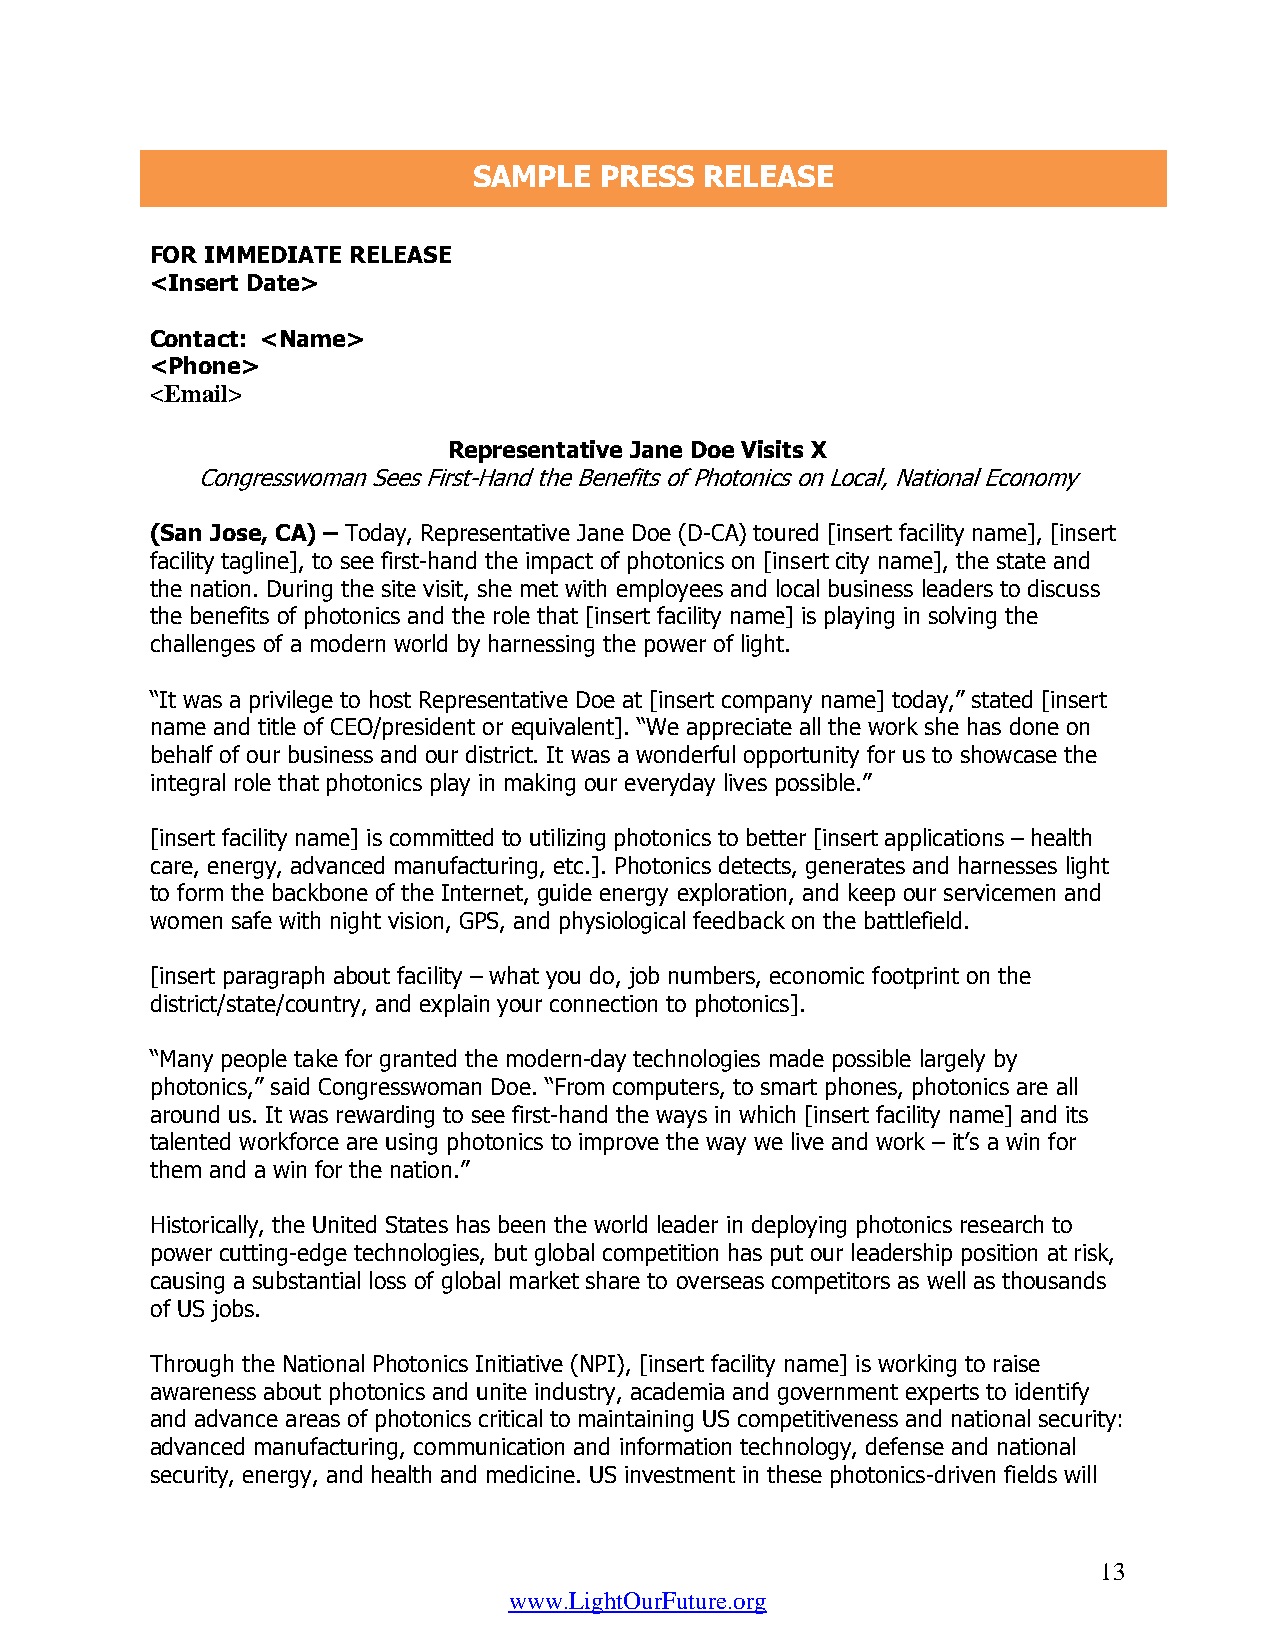
(Insert College Logo)
 SAMPLE   PRESS  RELEASE
 FOR IMMEDIATE RELEASE
 <Insert Date>
 Contact: <Name>
 <Phone>
 <Email>
 Representative Jane Doe Visits X
 Congresswoman Sees First-Hand the Benefits of Photonics on Local, National Economy
 (San Jose, CA) – Today, Representative Jane Doe (D-CA) toured [insert facility name], [insert
 facility tagline], to see first-hand the impact of photonics on [insert city name], the state and
 the nation. During the site visit, she met with employees and local business leaders to discuss
 the benefits of photonics and the role that [insert facility name] is playing in solving the
 challenges of a modern world by harnessing the power of light.
 “It was a privilege to host Representative Doe at [insert company name] today,” stated [insert
 name and title of CEO/president or equivalent]. “We appreciate all the work she has done on
 behalf of our business and our district. It was a wonderful opportunity for us to showcase the
 integral role that photonics play in making our everyday lives possible.”
 [insert facility name] is committed to utilizing photonics to better [insert applications – health
 care, energy, advanced manufacturing, etc.]. Photonics detects, generates and harnesses light
 to form the backbone of the Internet, guide energy exploration, and keep our servicemen and
 women safe with night vision, GPS, and physiological feedback on the battlefield.
 [insert paragraph about facility – what you do, job numbers, economic footprint on the
 district/state/country, and explain your connection to photonics].
 “Many people take for granted the modern-day technologies made possible largely by
 photonics,” said Congresswoman Doe. “From computers, to smart phones, photonics are all
 around us. It was rewarding to see first-hand the ways in which [insert facility name] and its
 talented workforce are using photonics to improve the way we live and work – it’s a win for
 them and a win for the nation.”
 Historically, the United States has been the world leader in deploying photonics research to
 power cutting-edge technologies, but global competition has put our leadership position at risk,
 causing a substantial loss of global market share to overseas competitors as well as thousands
 of US jobs.
 Through the National Photonics Initiative (NPI), [insert facility name] is working to raise
 awareness about photonics and unite industry, academia and government experts to identify
 and advance areas of photonics critical to maintaining US competitiveness and national security:
 advanced manufacturing, communication and information technology, defense and national
 security, energy, and health and medicine. US investment in these photonics-driven fields will
 13
 www.LightOurFuture.org